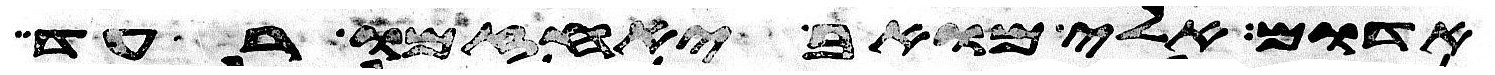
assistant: אדום אילי מואב יאחזמו רעד